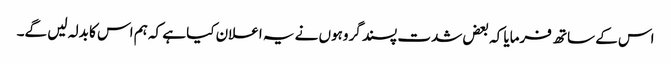
اس کے ساتھ فرمایا کہ بعض شدت پسند گروہوں نے یہ اعلان کیا ہے کہ ہم اس کا بدلہ لیں گے۔